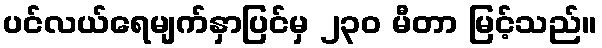
ပင်လယ်ရေမျက်နှာပြင်မှ ၂၃၀ မီတာ မြင့်သည်။